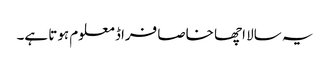
یہ سالا اچھا خاصا فراڈ معلوم ہوتا ہے۔